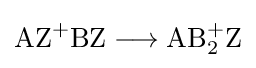
{{\text{AZ}}{\vphantom {A}}^{+}\mathrm {BZ} {}\mathrel {\longrightarrow } {}{\text{AB}}{\vphantom {A}}_{\smash[{t}]{2}}^{+}\mathrm {Z} }